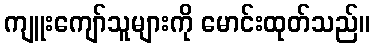
ကျူးကျော်သူများကို မောင်းထုတ်သည်။